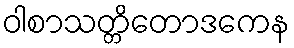
ဝါစာသတ္တိတောဒကေန